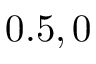
0 . 5 , 0